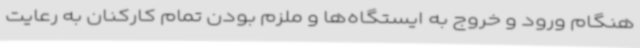
هنگام ورود و خروج به ایستگاه‌ها و ملزم بودن تمام کارکنان به رعایت